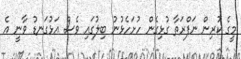
މީގެ ކުރިން ނަފްރަތާ ގުޅިގެން ހުށަހެޅުނު ބިލުގައި ވެސް އަޅުގަނޑު ވާނީ އެ